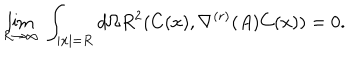
\lim _ { R \rightarrow \infty } \; \int _ { \mid { \bf x } \mid = R } d \Omega R ^ { 2 } ( C ( x ) , \nabla ^ { ( r ) } ( A ) C ( x ) ) = 0 .